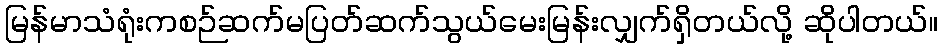
မြန်မာသံရုံးကစဉ်ဆက်မပြတ်ဆက်သွယ်မေးမြန်းလျှက်ရှိတယ်လို့ ဆိုပါတယ်။